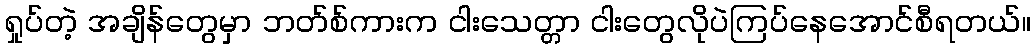
ရှုပ်တဲ့ အချိန်တွေမှာ ဘတ်စ်ကားက ငါးသေတ္တာ ငါးတွေလိုပဲကြပ်နေအောင်စီရတယ်။